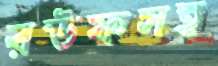
রউফসহ